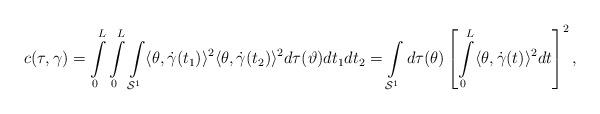
LaTeX: \begin{align*}c(\tau,\gamma) = \int\limits_{0}^{L}\int\limits_{0}^{L}\int\limits_{\mathcal{S}^{1}} \langle\theta,\dot{\gamma}(t_{1}) \rangle^{2} \langle\theta,\dot{\gamma}(t_{2}) \rangle ^{2} d\tau(\vartheta)dt_{1}dt_{2} =\int\limits_{\mathcal{S}^{1}}d\tau(\theta) \left[\int\limits_{0}^{L}\langle \theta,\dot{\gamma}(t) \rangle ^{2}dt \right]^{2},\end{align*}